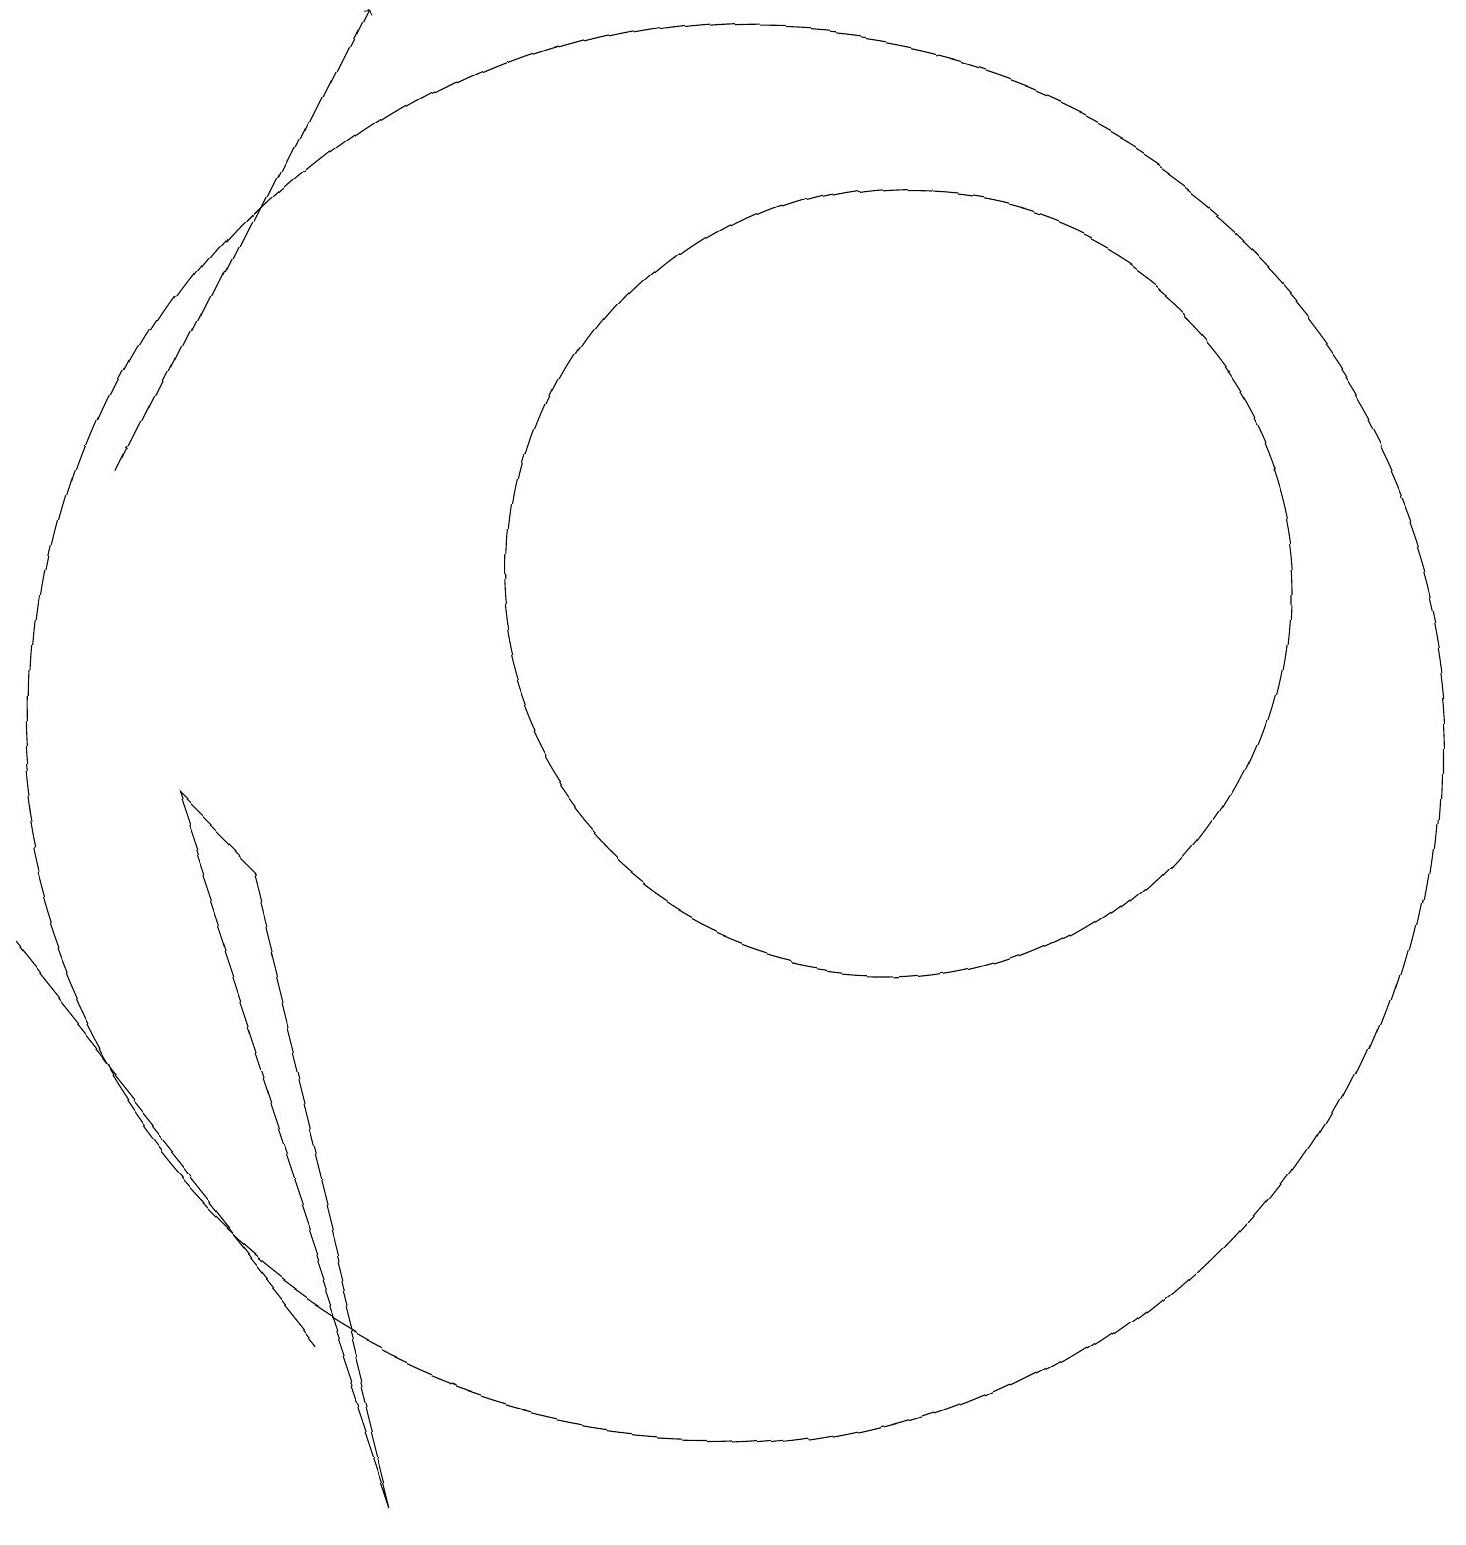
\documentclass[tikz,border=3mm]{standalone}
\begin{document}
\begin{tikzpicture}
\draw (1,7) -- (5,2) -- (5,2) -- cycle;
\draw[->] (2,13) -- (5,19);
\draw (12,12) circle (5);
\draw (10,10) circle (9);
\draw (3,9) -- (6,0) -- (4,8) -- cycle;
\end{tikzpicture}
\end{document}